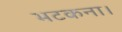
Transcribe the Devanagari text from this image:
भटकना।